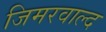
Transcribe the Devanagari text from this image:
जिमरवाल्द